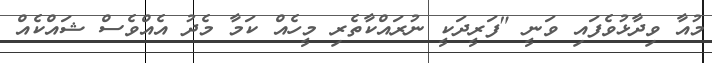
މުއާ ވިދާޅުވެފައި ވަނީ "ފަރީދަކީ ނުރައްކާތެރި މީހެއް ކަމާ މެދު އެއްވެސް ޝައްކެއް